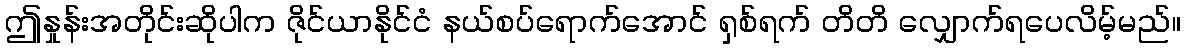
ဤနှုန်းအတိုင်းဆိုပါက ဇိုင်ယာနိုင်ငံ နယ်စပ်ရောက်အောင် ရှစ်ရက် တိတိ လျှောက်ရပေလိမ့်မည်။